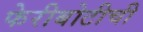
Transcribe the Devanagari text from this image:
फेरीबोटीची